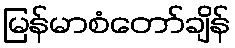
မြန်မာစံတော်ချိန်